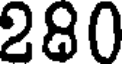
280